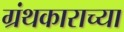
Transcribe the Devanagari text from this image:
ग्रंथकाराच्या